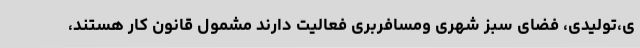
ی،تولیدی، فضای سبز شهری ومسافربری فعالیت دارند مشمول قانون کار هستند،